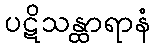
ပဋိသန္ထာရာနံ